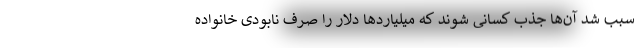
سبب شد آن‌ها جذب کسانی شوند که میلیاردها دلار را صرف نابودی خانواده